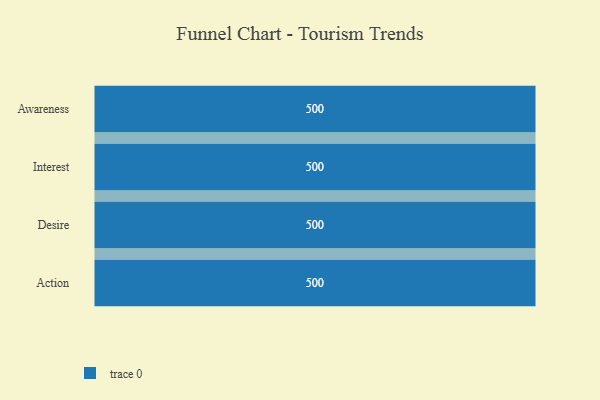
{"axis": {"x": "Stage", "y": "Value"}, "legend": [""], "data": [{"x": "Awareness", "y": 500, "type": ""}, {"x": "Interest", "y": 500, "type": ""}, {"x": "Desire", "y": 500, "type": ""}, {"x": "Action", "y": 500, "type": ""}]}